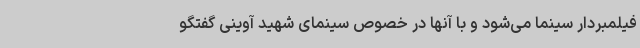
فیلمبردار سینما می‌شود و با آنها در خصوص سینمای شهید آوینی گفتگو